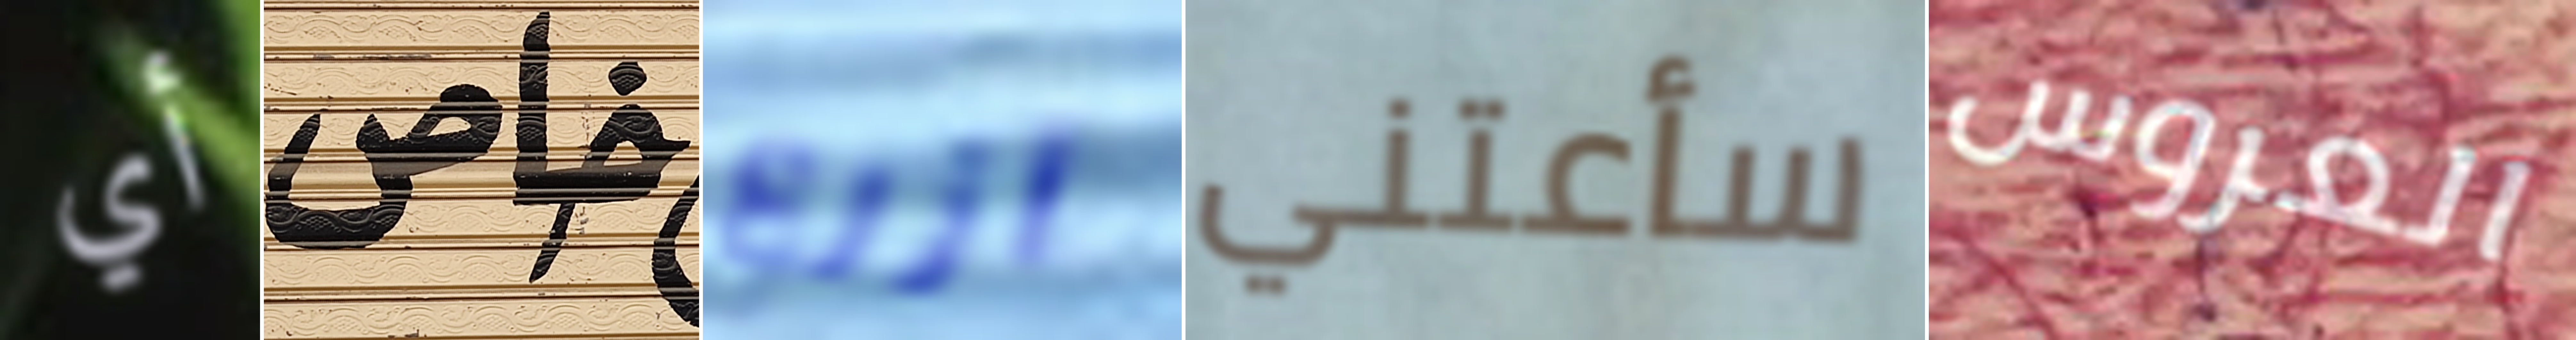
أي خاص أزرع سأعتني العروس